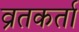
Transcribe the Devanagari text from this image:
व्रतकर्ता